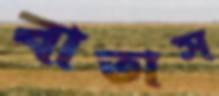
বাতাস